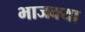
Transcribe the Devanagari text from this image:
भाजक्या